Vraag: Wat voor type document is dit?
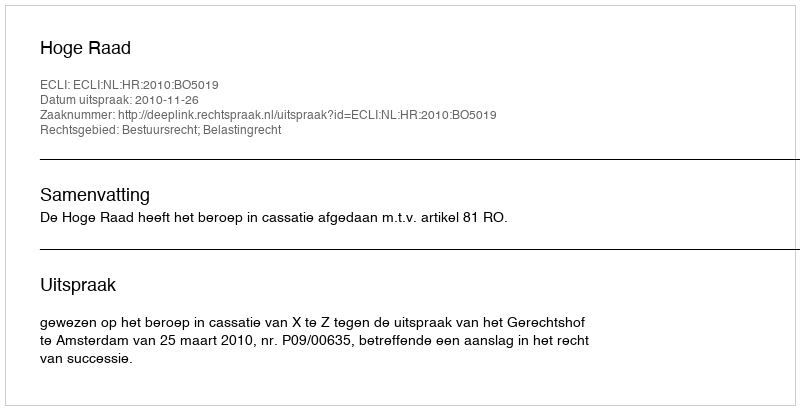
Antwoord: Uitspraak